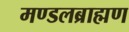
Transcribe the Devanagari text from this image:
मण्डलब्राह्मण